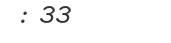
: 33